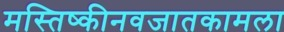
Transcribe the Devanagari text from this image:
मस्तिष्कीनवजातकामला